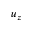
u _ { z }